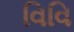
વિવિ